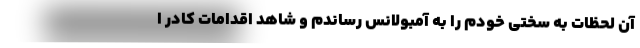
آن لحظات به سختی خودم را به آمبولانس رساندم و شاهد اقدامات کادر ا